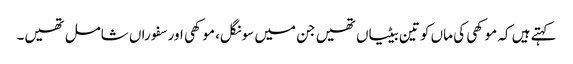
کہتے ہیں کہ موکھی کی ماں کو تین بیٹیاں تھیں جن میں سونگل، موکھی اور سفوراں شامل تھیں۔